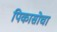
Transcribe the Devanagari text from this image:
पिकासोचा